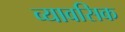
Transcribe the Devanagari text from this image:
व्यावसिक